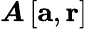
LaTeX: \boldsymbol{\mathit{A}}\left[\mathbf{{a}},\mathbf{{r}}\right]